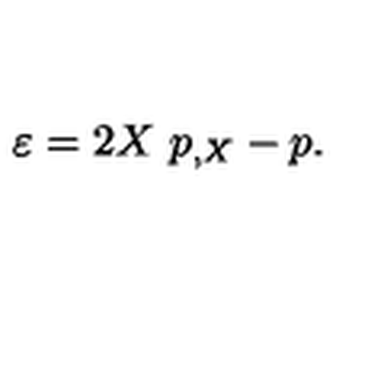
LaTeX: \varepsilon = 2 X \ p _ { , X } - p .